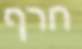
חרף